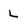
Character: L